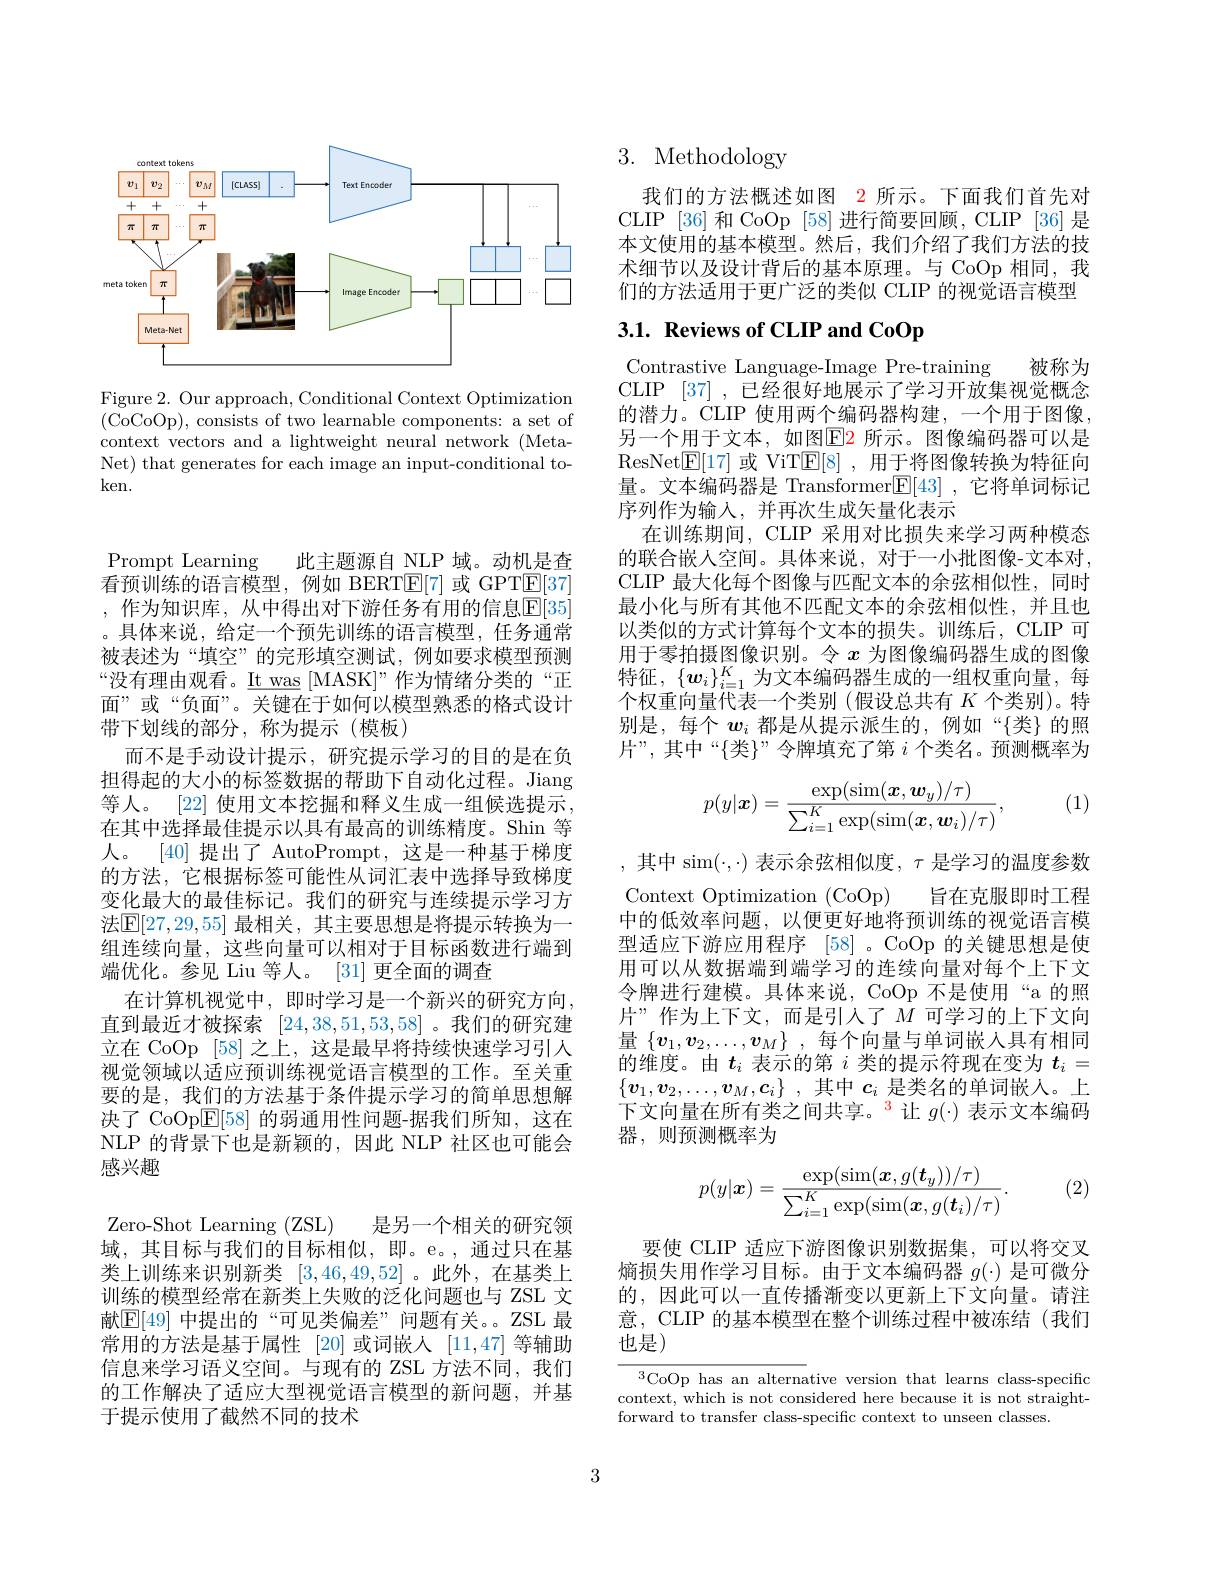
<FigureHere>

Figure 2. Our approach, Conditional Context Optimization (CoCoOp),consists of two learnable components: a set of context vectors and a lightweight neural network (MetaNet) that generates for each image an input-conditional token.

Prompt Learning
此主题源自 NLP 域。动机是查
看预训练的语言模型，例如 BERT$\mathbb{E}[7]$或 GPTE[37] ,作为知识库，从中得出对下游任务有用的信息$\mathbb{E}[35]$ 。具体来说，给定一个预先训练的语言模型，任务通常被表述为“填空”的完形填空测试，例如要求模型预测“没有理由观看。$\underline{\mathrm{It~was}}$[MASK]”作为情绪分类的“正面”或“负面”。关键在于如何以模型熟悉的格式设计带下划线的部分，称为提示(模板)
而不是手动设计提示，研究提示学习的目的是在负担得起的大小的标签数据的帮助下自动化过程。Jiang 等人。[22] 使用文本挖掘和释义生成一组候选提示， 在其中选择最佳提示以具有最高的训练精度。Shin 等人。[40]提出了 AutoPrompt,这是一种基于梯度的方法，它根据标签可能性从词汇表中选择导致梯度变化最大的最佳标记。我们的研究与连续提示学习方法$\mathsf{E}[27,29,55]$ 最相关，其主要思想是将提示转换为一组连续向量，这些向量可以相对于目标函数进行端到端优化。参见 Liu 等人。[31] 更全面的调查
在计算机视觉中，即时学习是一个新兴的研究方向， 直到最近才被探索[24,38,51,53,58] 。我们的研究建立在 CoOp [58] 之上，这是最早将持续快速学习引人视觉领域以适应预训练视觉语言模型的工作。至关重要的是，我们的方法基于条件提示学习的简单思想解决了 CoOp$\overline{\mathrm{E}}[58]$的弱通用性问题-据我们所知，这在NLP 的背景下也是新颖的，因此 NLP 社区也可能会感兴趣

Zero-Shot Learning (ZSL) 是另一个相关的研究领域，其目标与我们的目标相似，即。e。,通过只在基类上训练来识别新类[3,46,49,52] 。此外，在基类上训练的模型经常在新类上失败的泛化问题也与 ZSL 文献$\mathbb{E}[49]$ 中提出的“可见类偏差”问题有关。ZSL 最常用的方法是基于属性 [20]或词嵌人 [11,47] 等辅助信息来学习语义空间。与现有的 ZSL 方法不同，我们的工作解决了适应大型视觉语言模型的新问题，并基于提示使用了截然不同的技术

# 3. Methodology

我们的方法概述如图 2 所示。下面我们首先对CLIP [36]和 CoOp [58] 进行简要回顾，CLIP [36] 是本文使用的基本模型。然后，我们介绍了我们方法的技术细节以及设计背后的基本原理。与 CoOp 相同，我们的方法适用于更广泛的类似 CLIP 的视觉语言模型

# 3.1. Reviews of CLIP and CoOp

Contrastive Language-Image Pre-training 被称为CLIP [37] ,已经很好地展示了学习开放集视觉概念的潜力。CLIP 使用两个编码器构建，一个用于图像， 另一个用于文本，如图$\color{red}{\mathrm{E}}\color{blue}{\mathrm{E}}\color{red}{\mathrm{E}}\color{red}{\mathrm{E}}\color{red}{\mathrm{E}}\color{red}{\mathrm{E}}\color{red}{\mathrm{E}}\color{red}{\mathrm{E}}\color{red}{\mathrm{E}}\color{red}{\mathrm{E}}\color{red}{\mathrm{E}}\color\color{red}{\mathrm{E}}{\mathrm{E}}\color{red}{\mathrm{E}}\color{red}{\mathrm{E}}\color{red}{\mathrm{E}}\color{red}{\mathrm{E}}\color{red}{\mathrm{E}}\color{red}{\mathrm{E}}\color{\mathrm{E}}{\mathrm{E}}\color{E}{\mathrm{E}}\color{E}{\mathrm{E}}\color{E}{\mathrm{E}}$ ResNet$\mathbb{E}[17]$或 ViTE[8],用于将图像转换为特征向量。文本编码器是 Transformer$\boxed{\mathrm{F} }[ 43]$ ,它将单词标记序列作为输入，并再次生成矢量化表示
在训练期间，CLIP 采用对比损失来学习两种模态的联合嵌人空间。具体来说，对于一小批图像-文本对， CLIP 最大化每个图像与匹配文本的余弦相似性，同时最小化与所有其他不匹配文本的余弦相似性，并且也以类似的方式计算每个文本的损失。训练后，CLIP 可用于零拍摄图像识别。令$x$为图像编码器生成的图像特征，$\{\boldsymbol{w}_i\}_{i=1}^K$为文本编码器生成的一组权重向量，每个权重向量代表一个类别(假设总共有$K$个类别)。特别是，每个$w_i$都是从提示派生的，例如“{类}的照片”,其中“$\{$类$\}$”令牌填充了第 $i$ 个类名。预测概率为

(1)
$$p(y|\boldsymbol{x})=\frac{\exp(\sin(\boldsymbol{x},\boldsymbol{w}_y)/\tau)}{\sum_{i=1}^K\exp(\sin(\boldsymbol{x},\boldsymbol{w}_i)/\tau)},$$
,其中 sim$(\cdot,\cdot)$ 表示余弦相似度$,\tau$是学习的温度参数Context Optimization (CoOp) 旨在克服即时工程中的低效率问题，以便更好地将预训练的视觉语言模型适应下游应用程序[58] 。CoOp 的关键思想是使用可以从数据端到端学习的连续向量对每个上下文令牌进行建模。具体来说，CoOp 不是使用“a 的照片”作为上下文，而是引入了$M$ 可学习的上下文向量 $\{ v_1, v_2, \ldots , v_M\}$ ,每个向量与单词嵌入具有相同的维度。由$t_i$表示的第$i$类的提示符现在变为$t_i=$ $\{ \boldsymbol{v}_1, \boldsymbol{v}_2, \ldots , \boldsymbol{v}_M, \boldsymbol{c}_i\}$ ,其中$c_i$是类名的单词嵌人。上下文向量在所有类之间共享。$^{\color{red}3}$让 $g(\cdot)$ 表示文本编码器，则预测概率为

(2)
$$p(y|\boldsymbol{x})=\frac{\exp(\sin(\boldsymbol{x},g(\boldsymbol{t}_y))/\tau)}{\sum_{i=1}^K\exp(\sin(\boldsymbol{x},g(\boldsymbol{t}_i)/\tau)}.$$
要使 CLIP 适应下游图像识别数据集，可以将交叉熵损失用作学习目标。由于文本编码器$g(\cdot)$是可微分的，因此可以一直传播渐变以更新上下文向量。请注意，CLIP 的基本模型在整个训练过程中被冻结(我们也是)

$^{3}$CoOp has an alternative version that learns class-specific context, which is not considered here because it is not straightforward to transfer class-specific context to unseen classes.

3